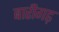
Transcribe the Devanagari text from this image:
बारीगढ़